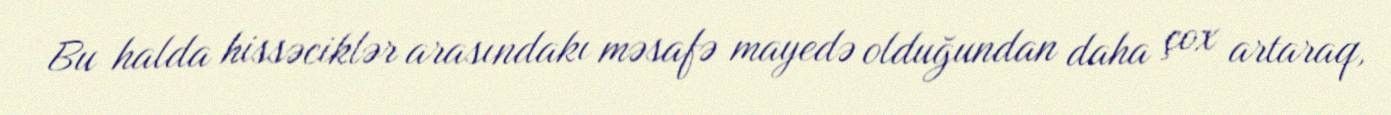
Bu halda hissəciklər arasındakı məsafə mayedə olduğundan daha çox artaraq,